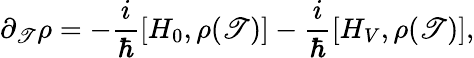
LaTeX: \partial_{\mathscr{T}}\rho=-\frac{{i}}{{\hbar}}[H_{0},\rho(\mathscr{T})]-\frac{{i}}{{\hbar}}[H_{V},\rho(\mathscr{T})],